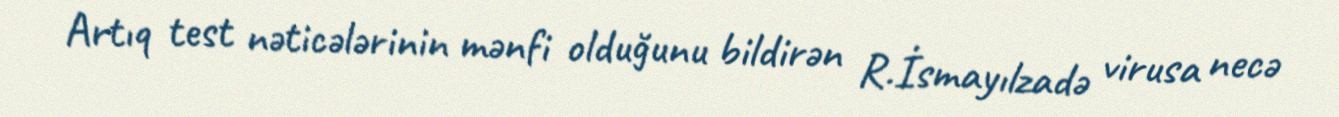
Artıq test nəticələrinin mənfi olduğunu bildirən R.İsmayılzadə virusa necə